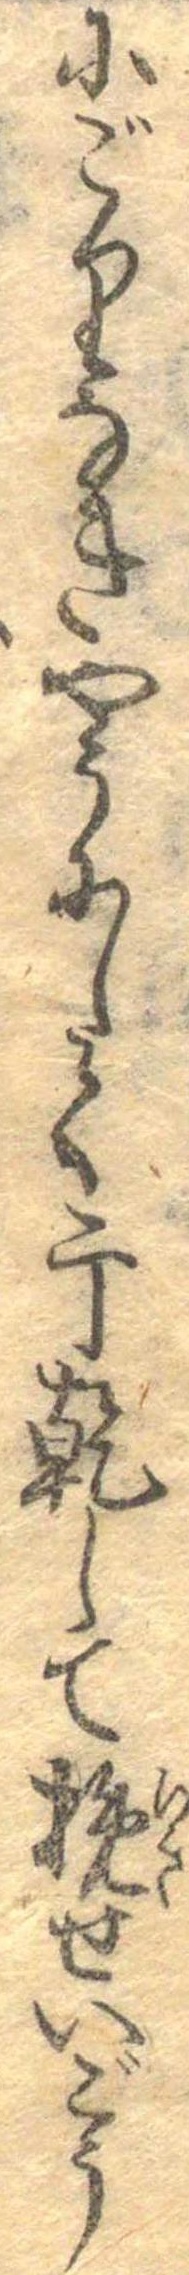
にごりなきやうにして干乾して挽せいごう